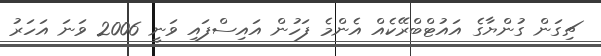
ޗިގަން ގުންޔާގެ އައުޓްބްރޭކެއް އެންމެ ފަހުން އައިސްފައި ވަނީ 2006 ވަނަ އަހަރު